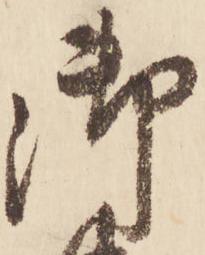
御